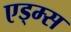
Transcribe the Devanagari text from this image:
एड्म्स